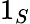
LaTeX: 1_{S}